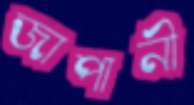
জাপানী